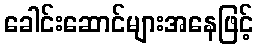
ခေါင်းဆောင်များအနေဖြင့်